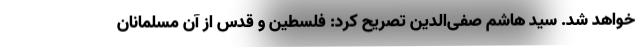
خواهد شد. سید هاشم صفی‌الدین تصریح کرد: فلسطین و قدس از آن مسلمانان